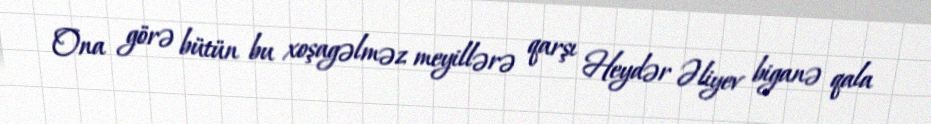
Ona görə bütün bu xoşagəlməz meyillərə qarşı Heydər Əliyev biganə qala